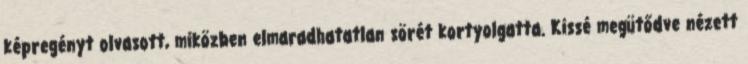
képregényt olvasott, miközben elmaradhatatlan sörét kortyolgatta. Kissé megütődve nézett